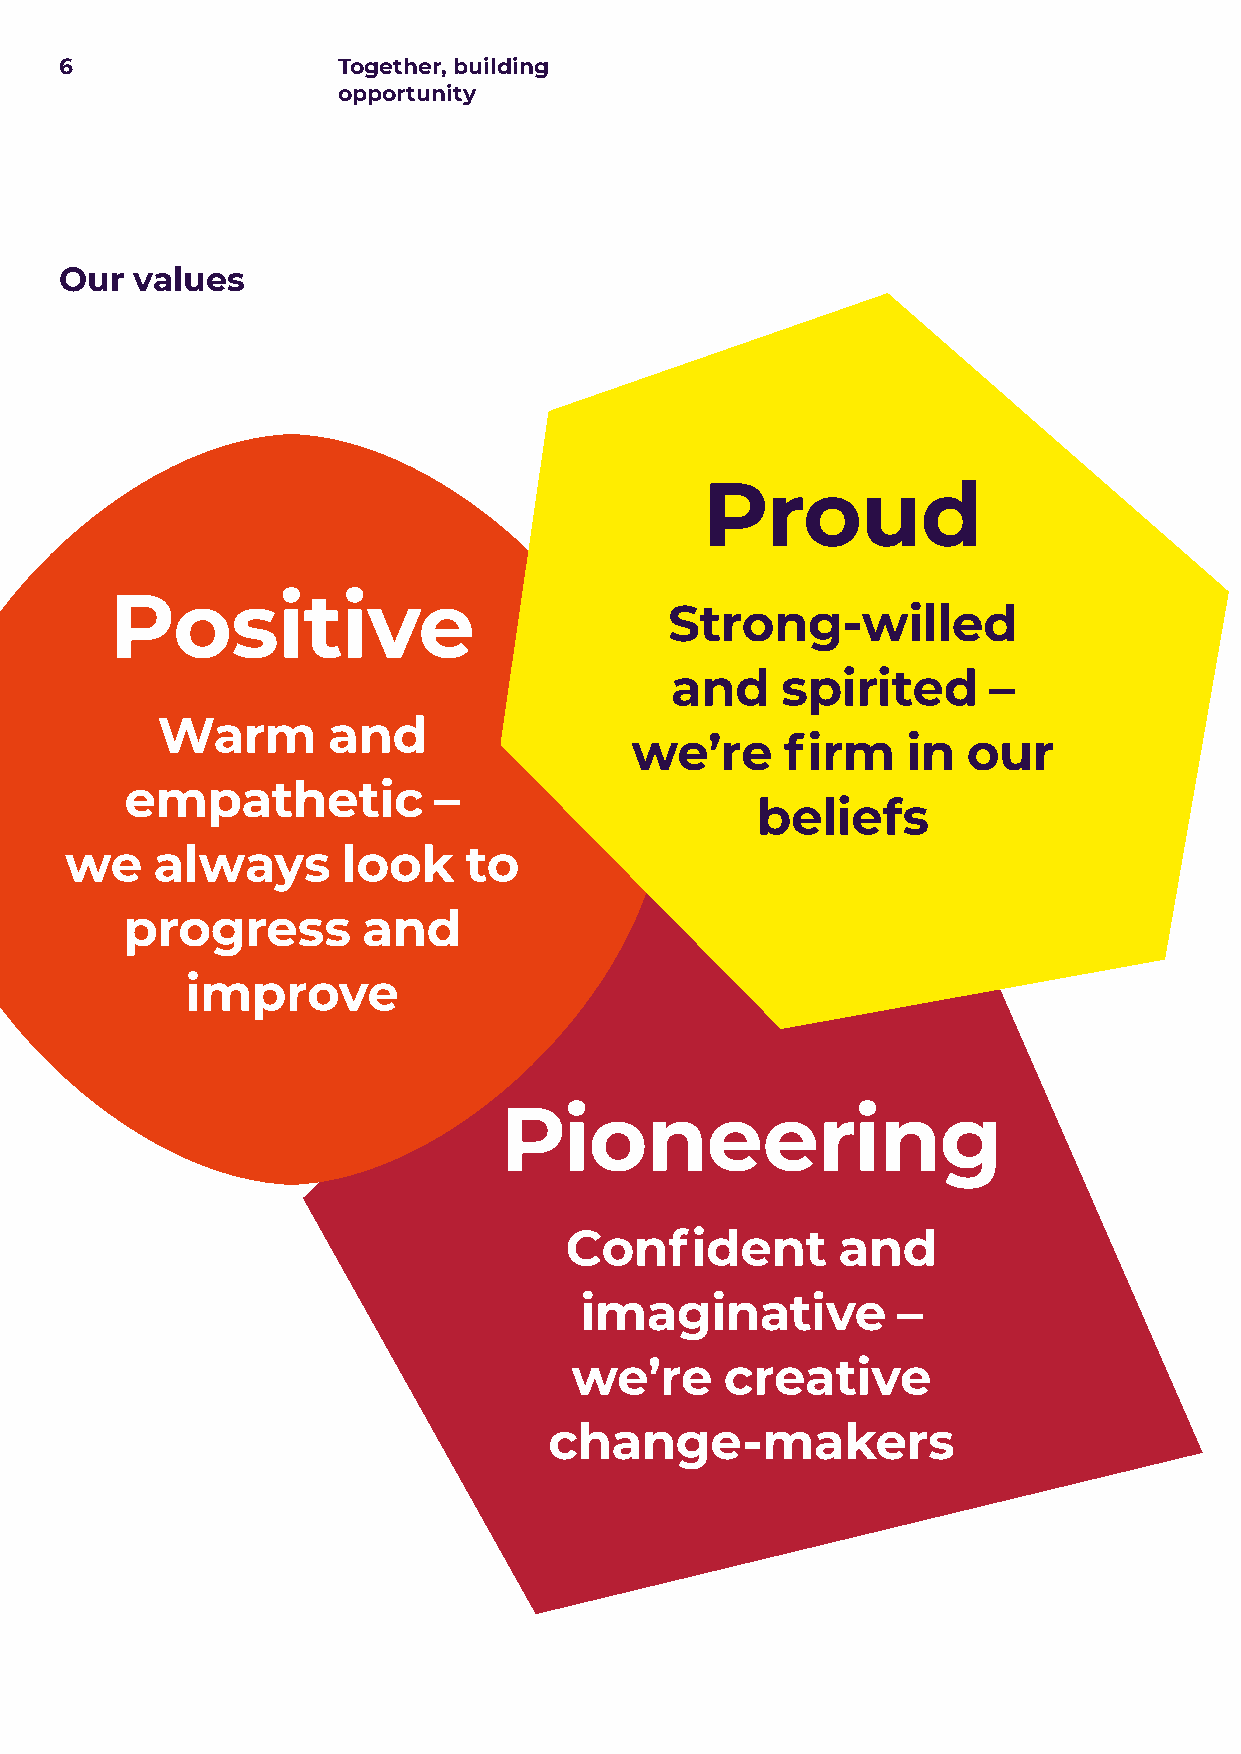
6                 Together, building
 opportunity
 Our  values
 Proud
 Positive
 Strong-willed
 and     spirited     –
 Warm        and
 we’re     firm    in  our
 empathetic           –
 beliefs
 we    always       look    to
 progress        and
 improve
 Pioneering
 Confident         and
 imaginative          –
 we’re     creative
 change-makers